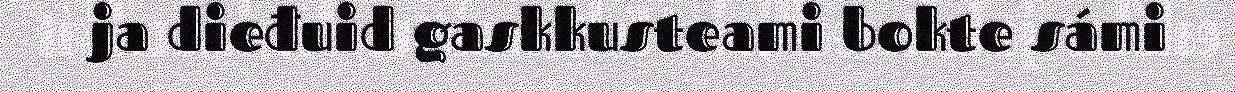
ja dieđuid gaskkusteami bokte sámi